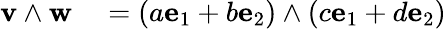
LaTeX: \begin{array}{rl}{{\mathbf{v}}\wedge{\mathbf{w}}}&{{}=(a{\mathbf{e}}_{1}+b{\mathbf{e}}_{2})\wedge(c{\mathbf{e}}_{1}+d{\mathbf{e}}_{2})}\end{array}